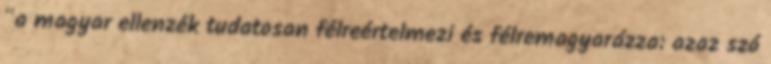
"a magyar ellenzék tudatosan félreértelmezi és félremagyarázza: azaz szó